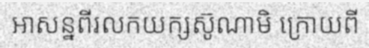
អាសន្នពីរលកយក្សស៊ូណាមិ ក្រោយពី